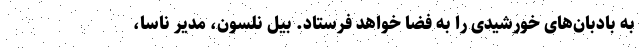
به بادبان‌های خورشیدی را به فضا خواهد فرستاد. بیل نلسون، مدیر ناسا،